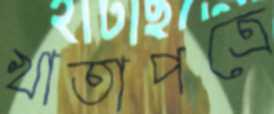
খাতাপত্রে